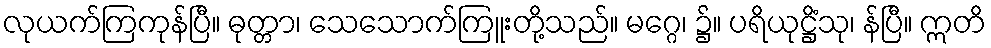
လုယက်ကြကုန်ပြီ။ ဓုတ္တာ၊ သေသောက်ကြူးတို့သည်။ မဂ္ဂေ၊ ၌။ ပရိယုဋ္ဌိံသု၊ န်ပြီ။ ဣတိ